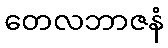
တေလဘာဇနံ